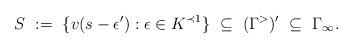
LaTeX: \begin{align*}S\ :=\ \{v(s-\epsilon'):\epsilon\in K^{\prec1}\}\ \subseteq\ (\Gamma^{>})'\ \subseteq\ \Gamma_{\infty}.\end{align*}